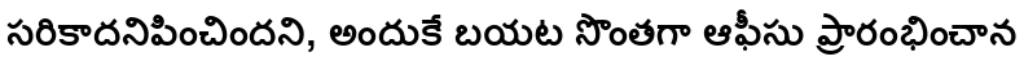
సరికాదనిపించిందని, అందుకే బయట సొంతగా ఆఫీసు ప్రారంభించాన